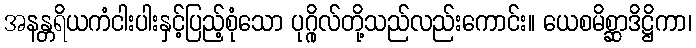
အနန္တရိယကံငါးပါးနှင့်ပြည့်စုံသော ပုဂ္ဂိုလ်တို့သည်လည်းကောင်း။ ယေစမိစ္ဆာဒိဋ္ဌိကာ၊